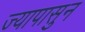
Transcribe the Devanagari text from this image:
ज्यापासुन